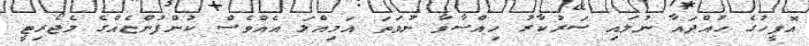
އޮފީހުގެ ހުއްދައާ ނުލައި ސަރުކާރު ހިއްސާވާ ނުވަތަ އަމިއްލަ އެއްވެސް ކުންފުންޏެއްގެ މެޖޯރިޓީ